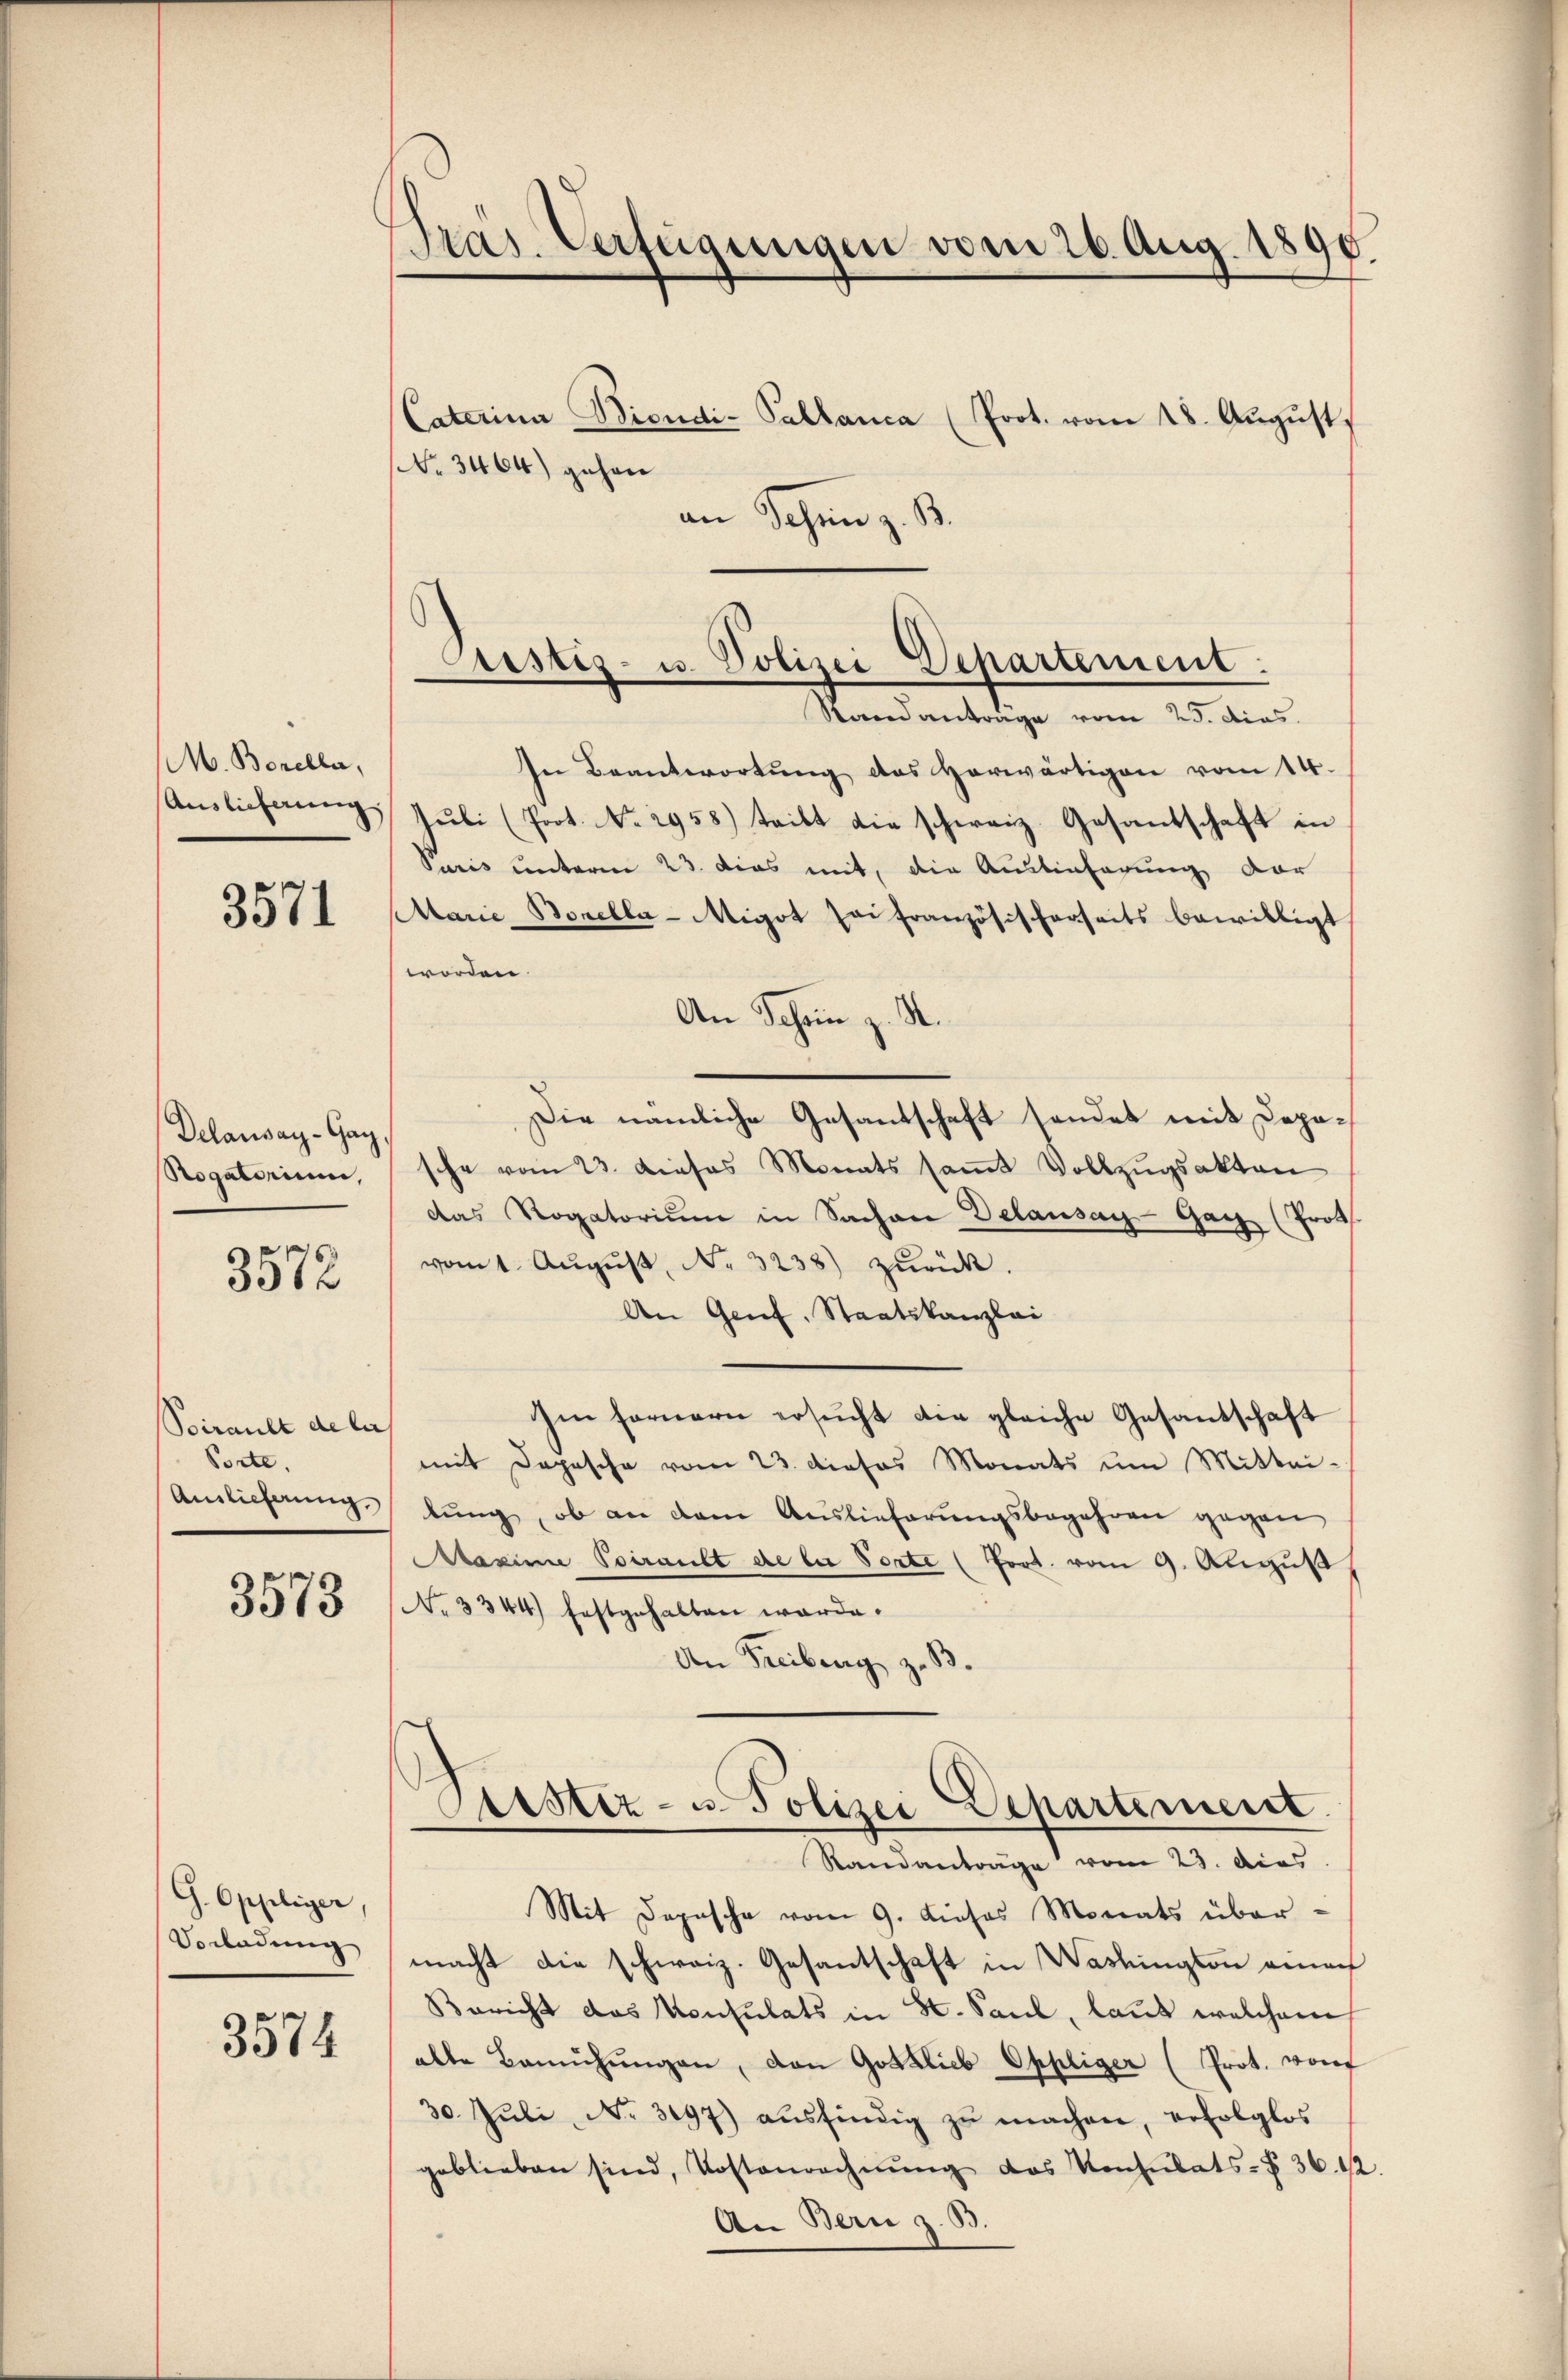
M. Boreller,
Auslieferung

3571

Delausay-Gay
Rogatorium,

3572

Poirault de las
Porte.
Auslieferung.

3573

G. Oppliger,
Vorladung

3574

Pras. Verfügungen vom 26. Aug. 1896.

Caterina Bicudi-Pallanca (Prot. vom 28. August,
No 3464) gehen
an Schen z. B.
In Beantwortung des herwärtigen vom 14.
Juli (Prot. No. 2958) tritt die schweiz. Gesantschaft in
Juris unterm 23. dies mit, die Auslieferung der
Marie Borella-Migot sei französischerseits bewilligt
worden.
An Schein z. S.
Die nämliche Gesandschaft sendet mit Deposche vom 23. Dieses Monats saṁt Vollzŭgsakten
das Rogatorium in Sachen Delausay-Gar (Prot
vom 1. Aŭgŭst No. 3238) zurück.
An Genf, Staatskanzlei
Im fernern ersŭcht die gleiche Gesantschaft
mit Depesche vom 23. dieses Monats um Mittei-
lung, ob an dem Auslieferungsbegehren gegen
Mazine Poirant de bei Porte (fort vom 9. August
No 3344) festgehalten werde.
An Freiberg zu
Custiz- u. Polizei Departement
—
Standanträge vom 23. dies
Mit Depesche vom 9. Dieses Monats übermacht die schweiz. Gesantschaft in Washington ana
Bericht das Konsulats in St. Paul, laut welchem
abte Bemühŭngen, dan Gottlieb Oppliger (Prot. Dorf
30. Juli, No. 3197) ausfindig zu machen, erfolglos
geblieben sind, Kostenrechnŭng das Konsulats-Z 36. 12
An Bern z. B.

Custiz- u. Polizei Departement:
Standanträge vom 23. dies